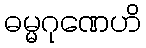
ဓမ္မဂုဏေဟိ